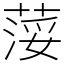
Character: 𦷪